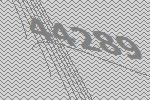
44289